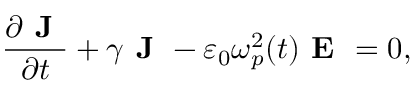
\frac { \partial \textbf { J } } { \partial t } + \gamma \textbf { J } - \varepsilon _ { 0 } \omega _ { p } ^ { 2 } ( t ) \textbf { E } = 0 ,